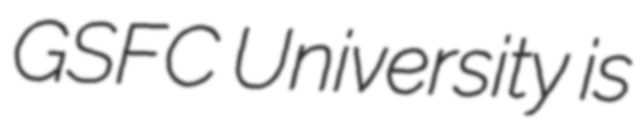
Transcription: GSFC University is